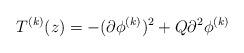
LaTeX: \begin{align*}T^{(k)}(z)=-(\partial \phi^{(k)})^2 + Q \partial^2\phi^{(k)}\end{align*}